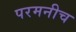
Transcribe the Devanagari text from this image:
परमनीच